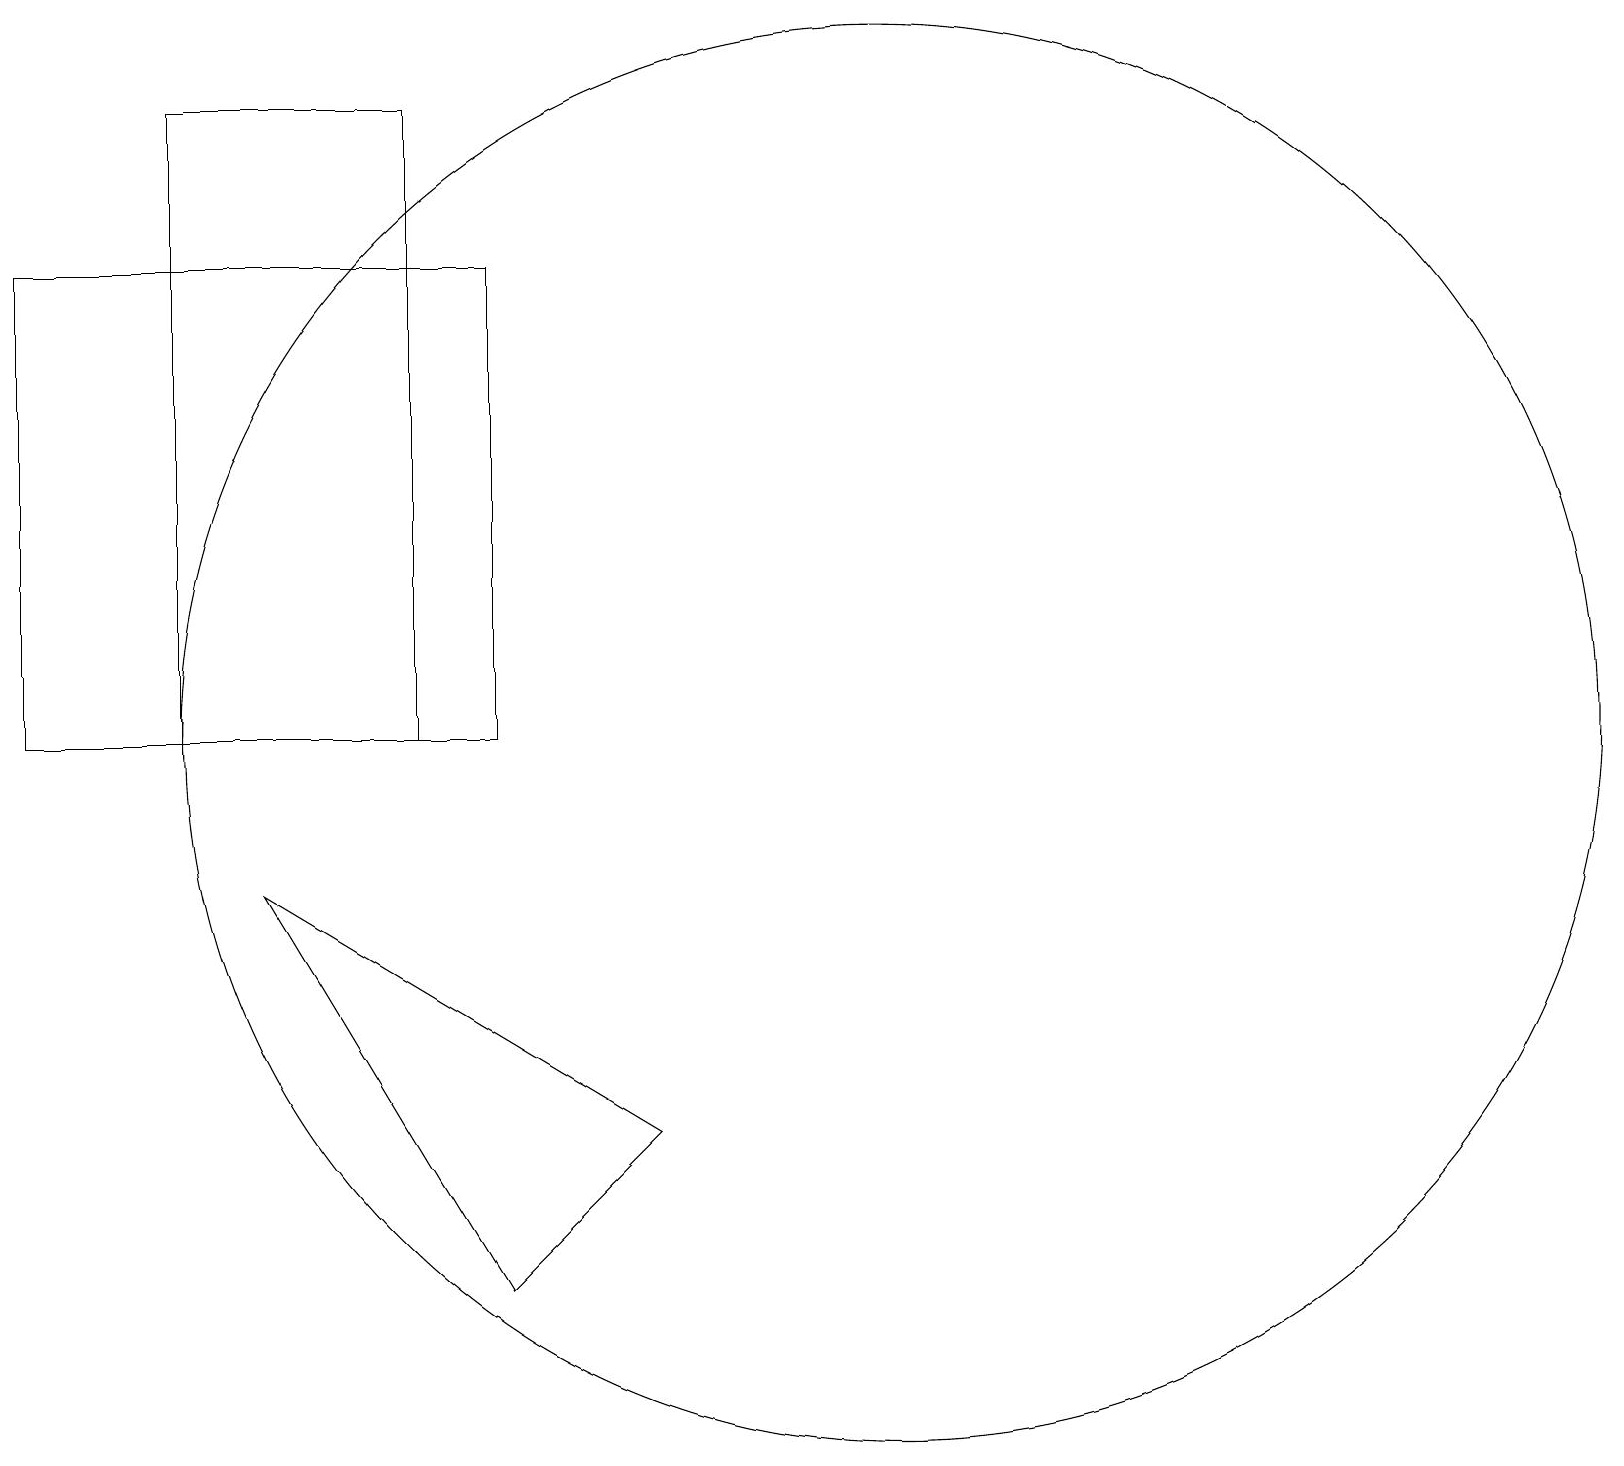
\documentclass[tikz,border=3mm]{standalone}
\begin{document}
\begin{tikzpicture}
\draw (6,4) -- (3,9) -- (8,6) -- cycle;
\draw (2,11) rectangle (5,19);
\draw (11,11) circle (9);
\draw (0,17) rectangle (6,11);
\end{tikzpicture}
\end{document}